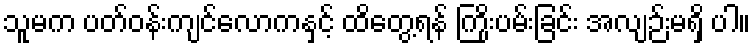
သူမက ပတ်ဝန်းကျင်လောကနှင့် ထိတွေ့ရန် ကြိုးပမ်းခြင်း အလျဉ်းမရှိ ပါ။